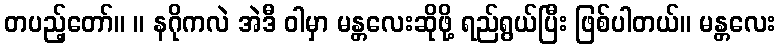
တပည့်တော်။ ။ နဂိုကလဲ အဲဒီ ဝါမှာ မန္တလေးဆိုဖို့ ရည်ရွယ်ပြီး ဖြစ်ပါတယ်။ မန္တလေး